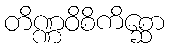
တိဏ္ဏဝိစိကိစ္ဆော